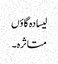
لیسادہ گاؤں
متاثرہ۔